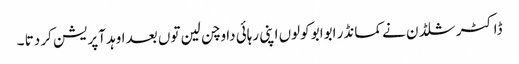
ڈاکٹر شلڈن نے کمانڈر ابوابو کولوں اپنی رہائی دا وچن لین توں بعد اوہد آپریشن کر دتا ۔